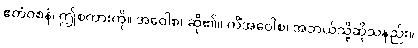
ဧတံဝစနံ၊ ဤစကားကို။ အဝေါစ၊ ဆို၏။ ကိံအဝေါစ၊ အဘယ်သို့ဆိုသနည်း။